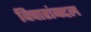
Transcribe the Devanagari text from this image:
विचारांबद्दल